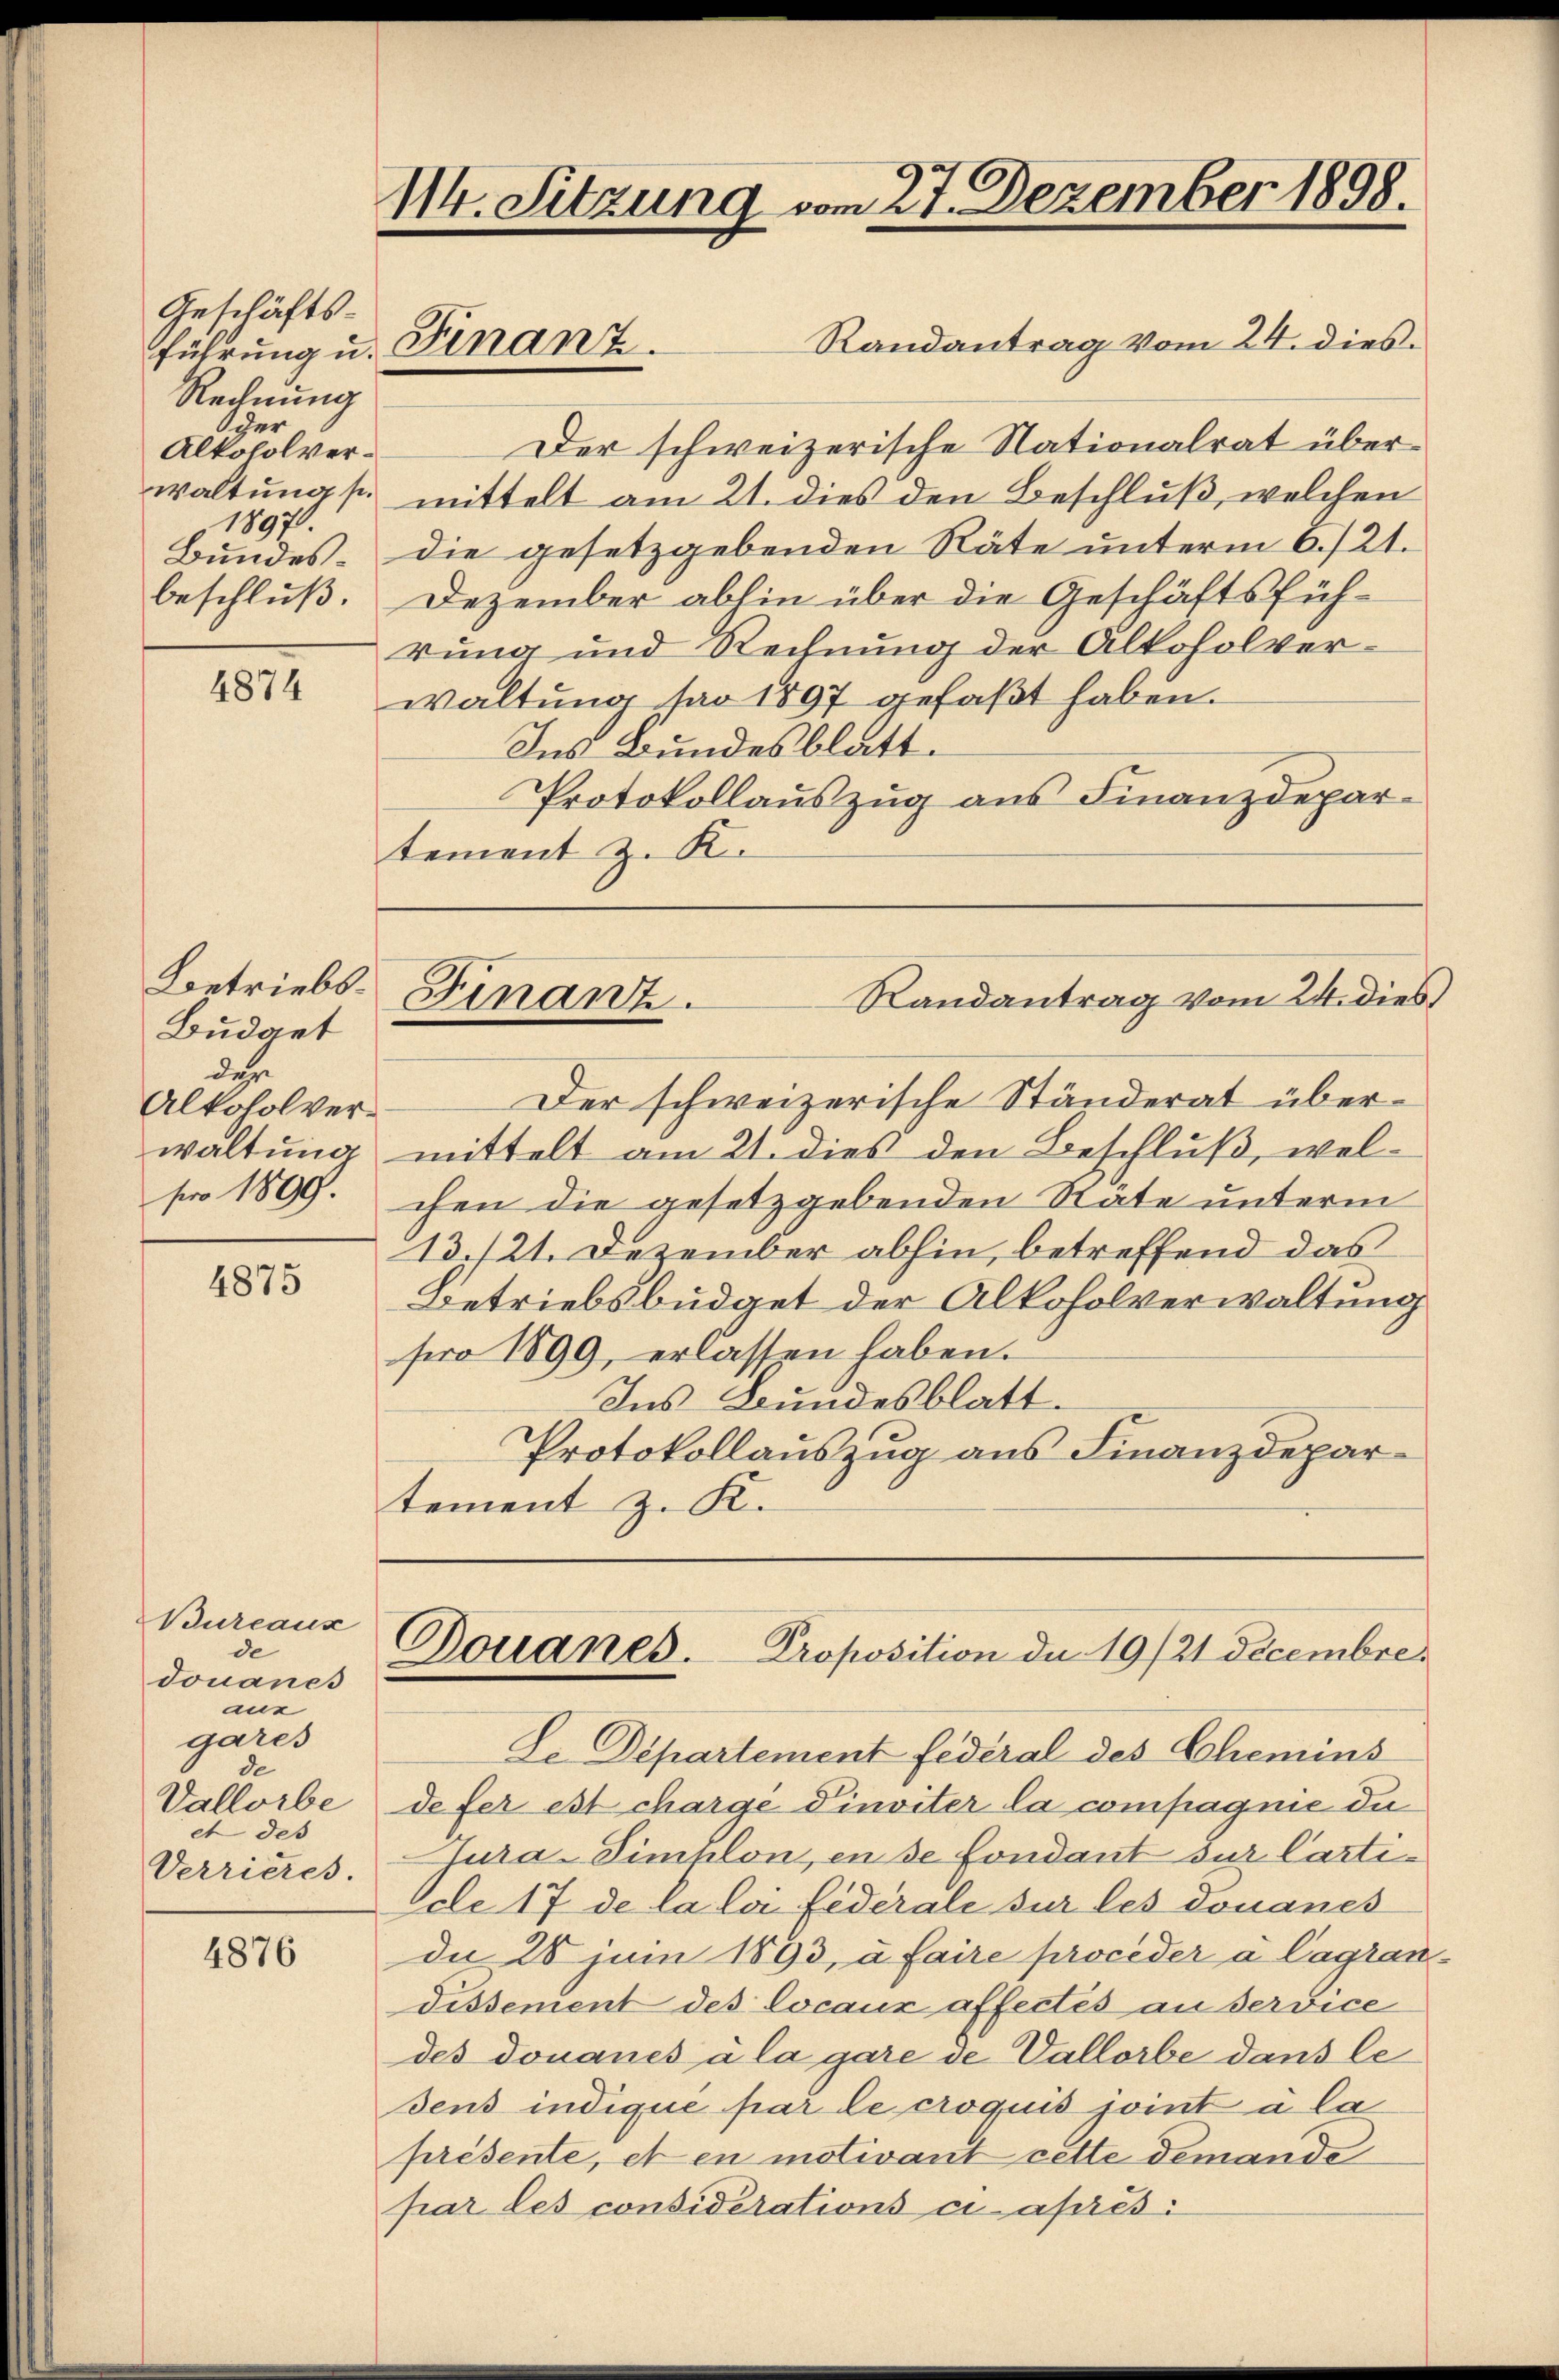
Geschäfts-
Rechnung
der
Alkoholver¬
1897.
beschluß.

4874

Betriebs¬
Budget
des
Alkoholverwaltung
so 1899.

4875

Bureaux
de
Jouanes
aus
gares
de
Vallorbe
et des
Verrieres.

4876

114. Sitzung vom 27. Dezember 1898.
Randantrag vom 24. dies
führung u. Finanz.

Der schweizerische Nationalrat überwaltung s. mittelt am 21. dies den Beschluß, welchen
Bundes. die gesetzgebenden Räte unterm 6./21.
Dezember abhin über die Geschäftsführung und Rechnung der Alkoholverwaltung sao 1897 gefaßt haben.
Ins Bundesblatt.
Protokollauszug aus Finanzdepartement z. R.

Randantrag vom 24. dies
Finanz.

Der schweizerische Ständerat übermittelt am 21. dies den Beschluß, welchen die gesetzgebenden State unterm
13./21. Dezember abhin, betreffend das
Betriebsbüdget der Alkoholverwaltung
pro 1899, erlassen haben.
Ins Bundesblatt.
Protokollauszug aus Finanzdepartement z. K.

Douanes. Proposition de 19/21 Decembre.

Le Departement federal des Schemins
defer est charge Dinviter la compagnie du
Tura-Timhlon, en se fondant sur Carticle 17 de la loi fédérale sur les donanes
du 28 Juni 1893, à faire proceder à lagrandissement des Locaux affectés au service
des donaues à la gare de Vallorbe dans le
dens indique par le croquis joint à la
présente, et en motivant cette demande
par les considérations ci-après